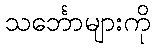
သင်္ဘောများကို